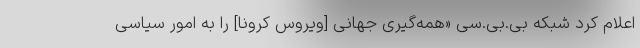
اعلام کرد شبکه بی.بی.سی «همه‌گیری جهانی [ویروس کرونا] را به امور سیاسی